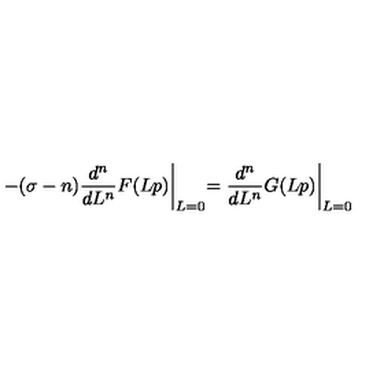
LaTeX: - ( \sigma - n ) \frac { d ^ { n } } { d L ^ { n } } F ( L p ) \biggl \vert _ { L = 0 } = \frac { d ^ { n } } { d L ^ { n } } G ( L p ) \biggl \vert _ { L = 0 }